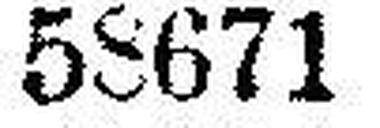
58671